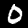
Digit: 0